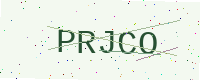
Text: PRJCO